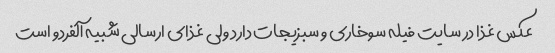
عکس غذا در سایت فیله سوخاری و سبزیجات دارد ولی غذای ارسالی شبیه آلفردو است